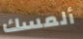
ألمسك